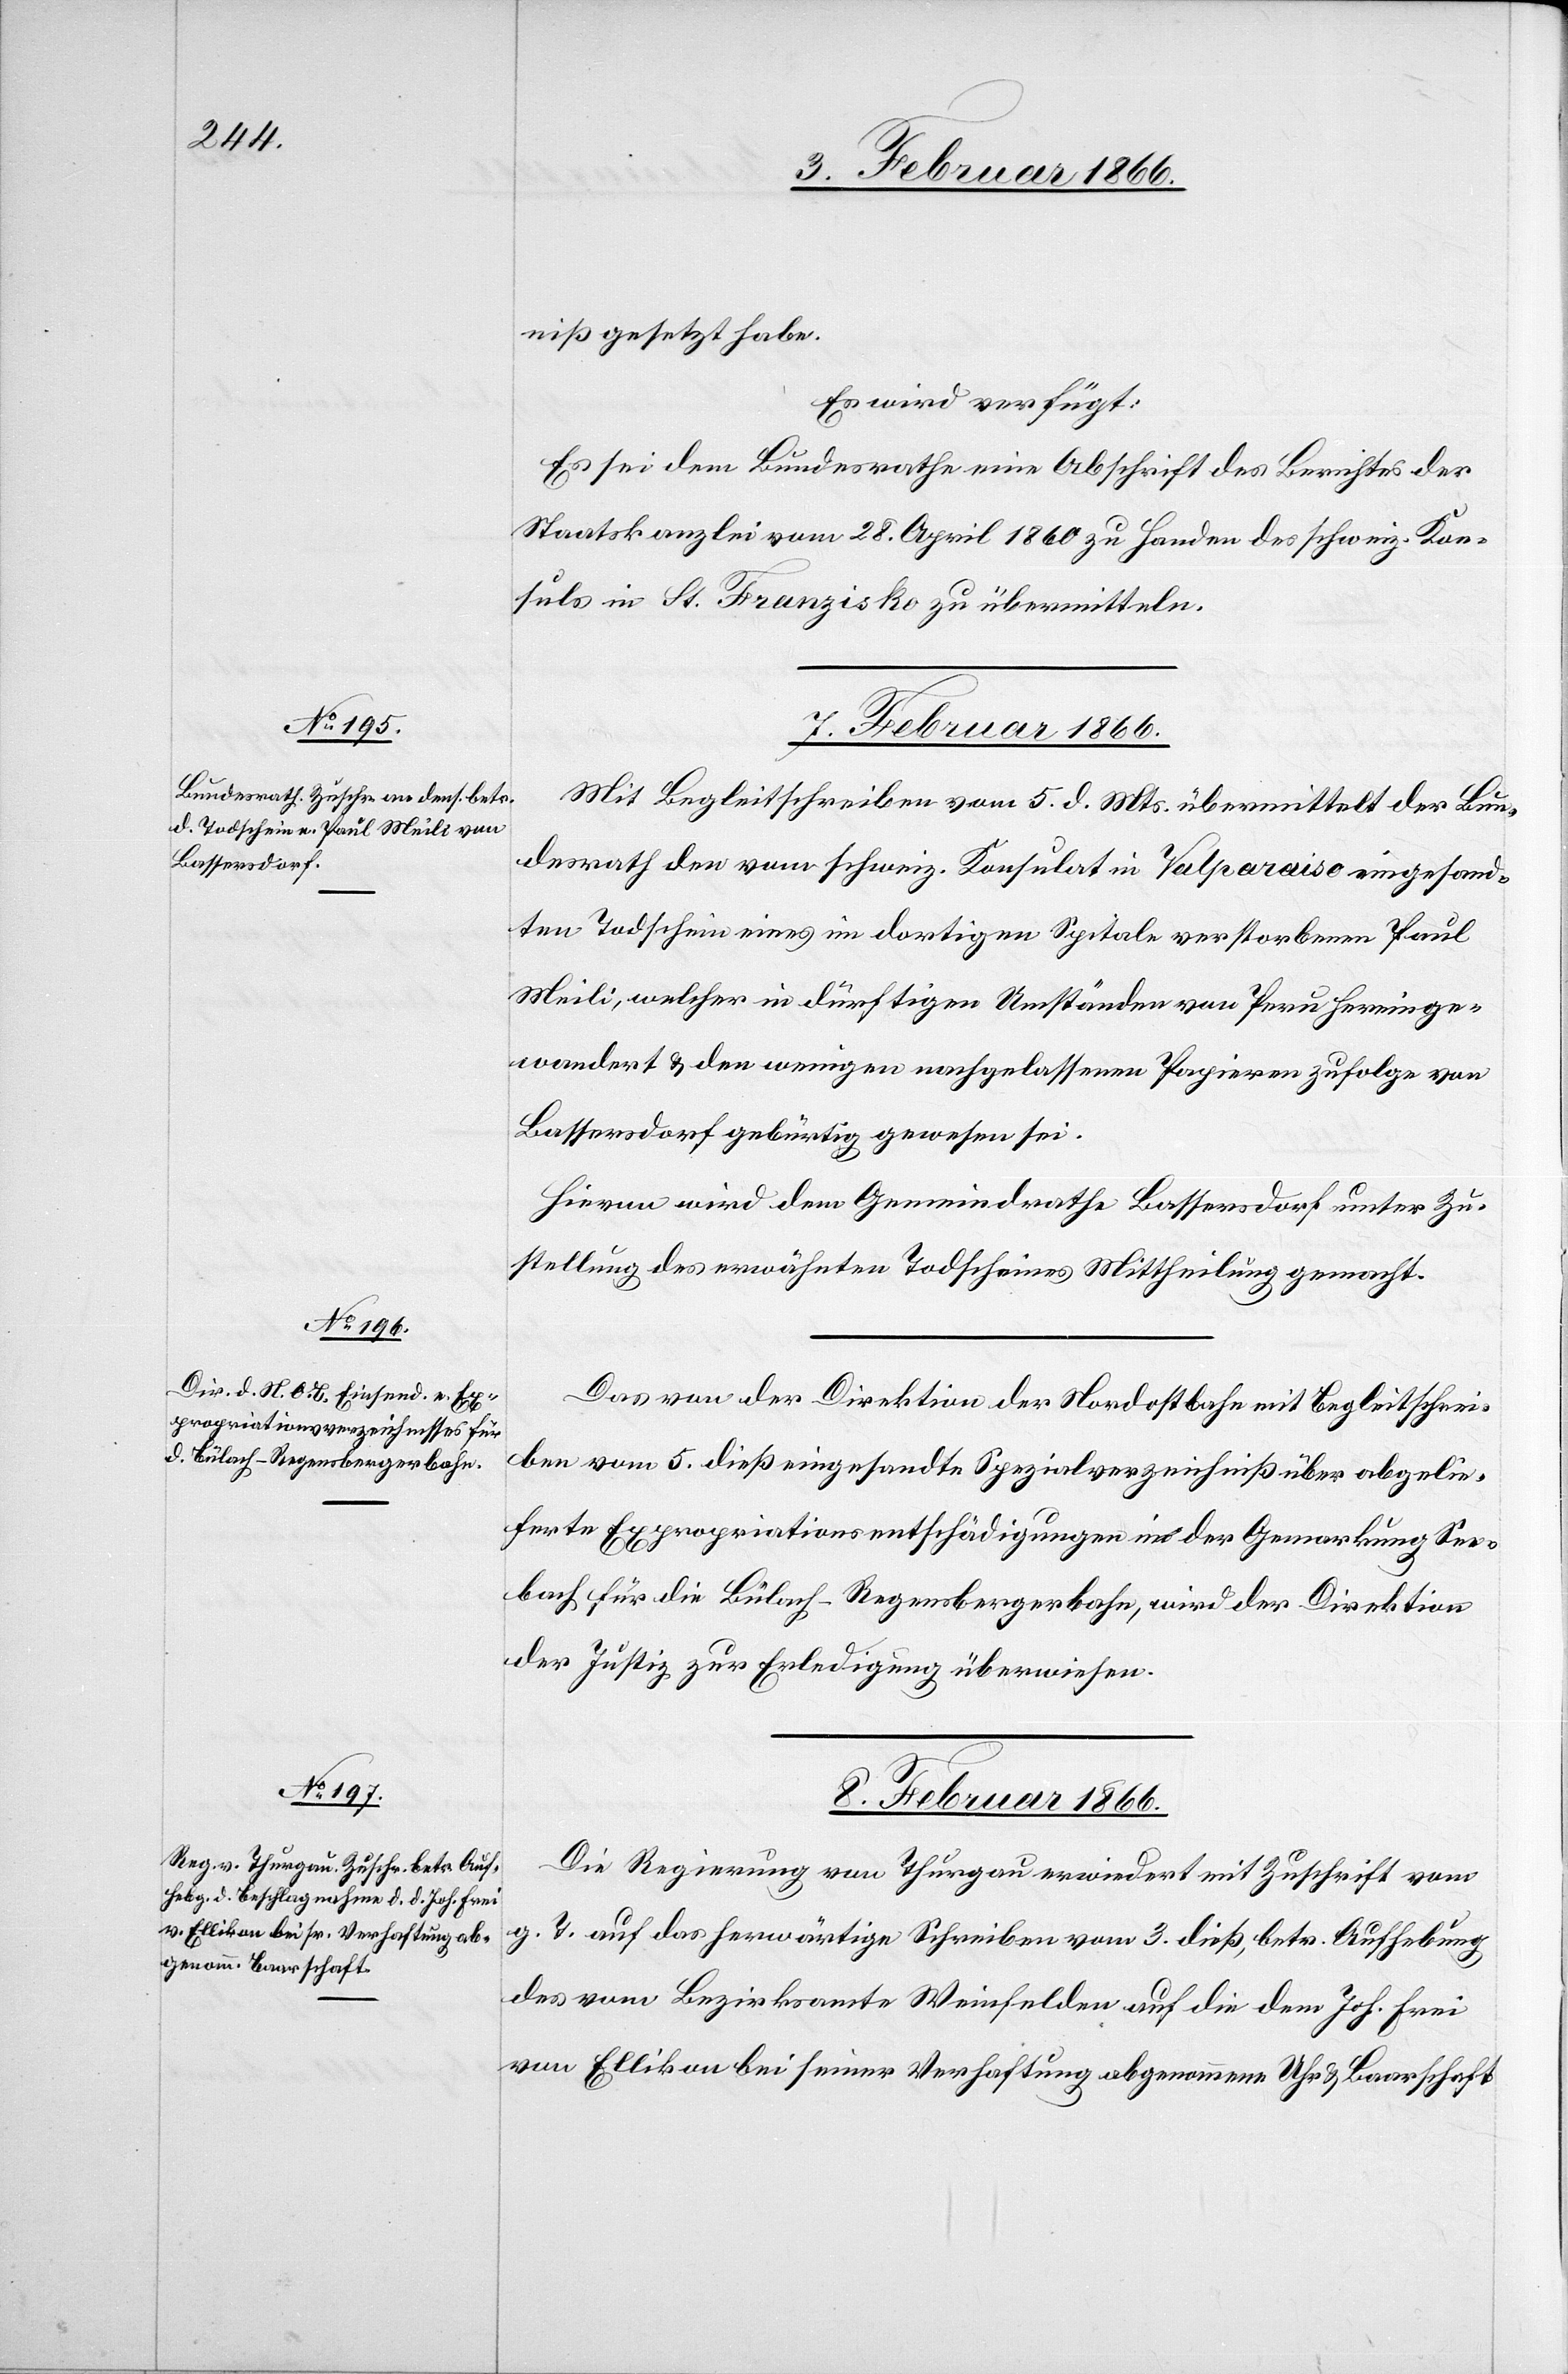
niß gesetzt habe.
Es wird verfügt:
Es sei dem Bundesrathe eine Abschrift des Berichtes der
Staatskanzlei vom 28. April 1860 zu Handen des schweiz. Kon¬
suls in St. Franzisko zu übermitteln.
7. Februar 1866.]
Mit Begleitschreiben vom 5. d. Mts. übermittelt der Bun¬
desrath den vom schweiz. Konsulat in Valparaiso eingesand¬
ten Todschein eines im dortigen Spitale verstorbenen Paul
Meili, welcher in dürftigen Umständen von Peru hereinge¬
wandert u. den wenigen nachgelassenen Papieren zufolge von
Bassersdorf gebürtig gewesen sei.
Hievon wird dem Gemeindrathe Bassersdorf unter Zu¬
stellung des erwähnten Todscheines Mittheilung gemacht.
Das von der Direktion der Nordostbahn mit Begleitschrei¬
ben vom 5. dieß eingesandte Spezialverzeichniß über abgelie¬
ferte Expropriationsentschädigungen in der Gemarkung See¬
bach für die Bülach–Regensbergerbahn, wird der Direktion
der Justiz zur Erledigung überwiesen.
8. Februar 1866.
Die Regierung von Thurgau erwiedert mit Zuschrift vom
g. T. auf das herwärtige Schreiben vom 3. dieß, betr Aufhebung
des vom Bezirksamte Weinfelden auf die dem Joh. Frei
von Ellikon bei seiner Verhaftung abgenommene Uhr u. Baarschaft